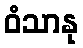
ဝံသာနု